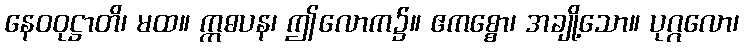
နေဝဝုဋ္ဌာတိ၊ မထ။ ဣဓပန၊ ဤလောက၌။ ဧကစ္စော၊ အချို့သော။ ပုဂ္ဂလော၊